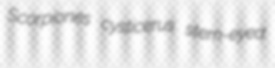
Scorpiones cysticerus stern-eyed